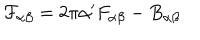
{ \cal F } _ { \alpha \beta } = 2 \pi \alpha ^ { \prime } F _ { \alpha \beta } - B _ { \alpha \beta }